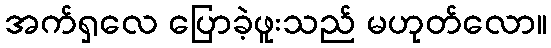
အက်ရှလေ ပြောခဲ့ဖူးသည် မဟုတ်လော။